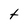
Character: t